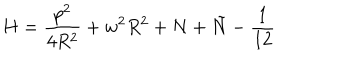
H = \frac { p ^ { 2 } } { 4 R ^ { 2 } } + w ^ { 2 } R ^ { 2 } + N + \tilde { N } - \frac { 1 } { 1 2 }